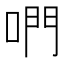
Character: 𠵘